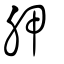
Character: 胛